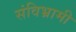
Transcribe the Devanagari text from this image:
संविभ्रामी